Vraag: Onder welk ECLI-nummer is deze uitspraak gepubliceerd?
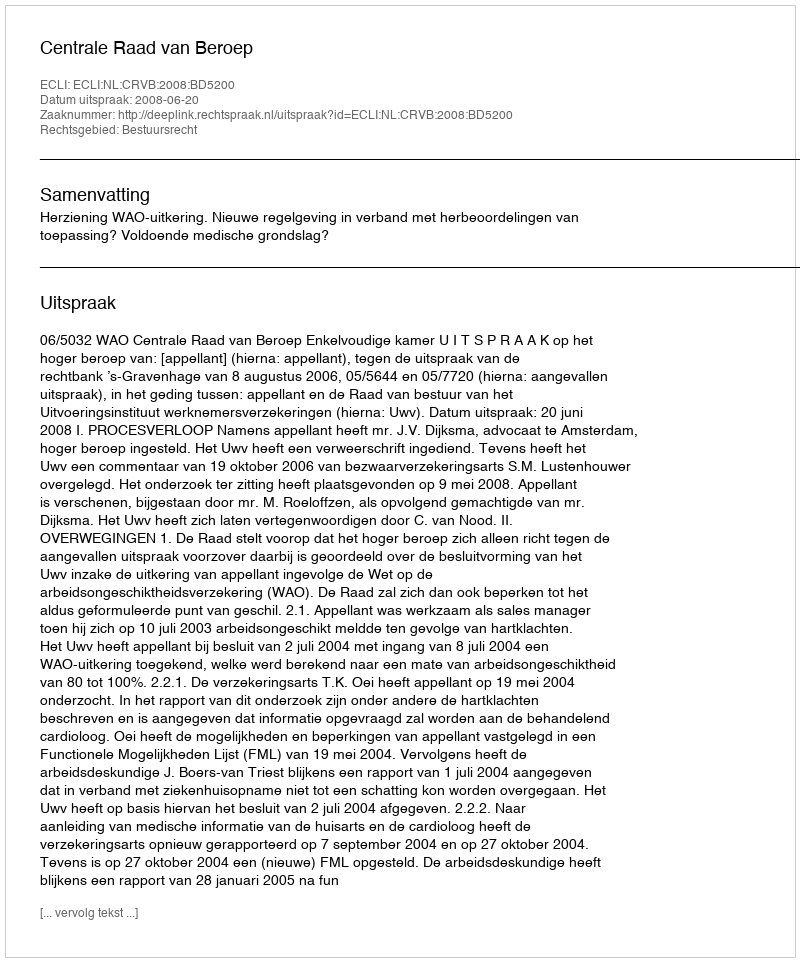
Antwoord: ECLI:NL:CRVB:2008:BD5200